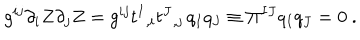
g ^ { i j } \partial _ { i } Z \partial _ { j } Z = g ^ { i j } t ^ { I } { } _ { , i } t ^ { J } { } _ { , j } \, q _ { I } q _ { J } \equiv \Pi ^ { I J } q _ { I } q _ { J } = 0 \ .